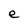
Character: e